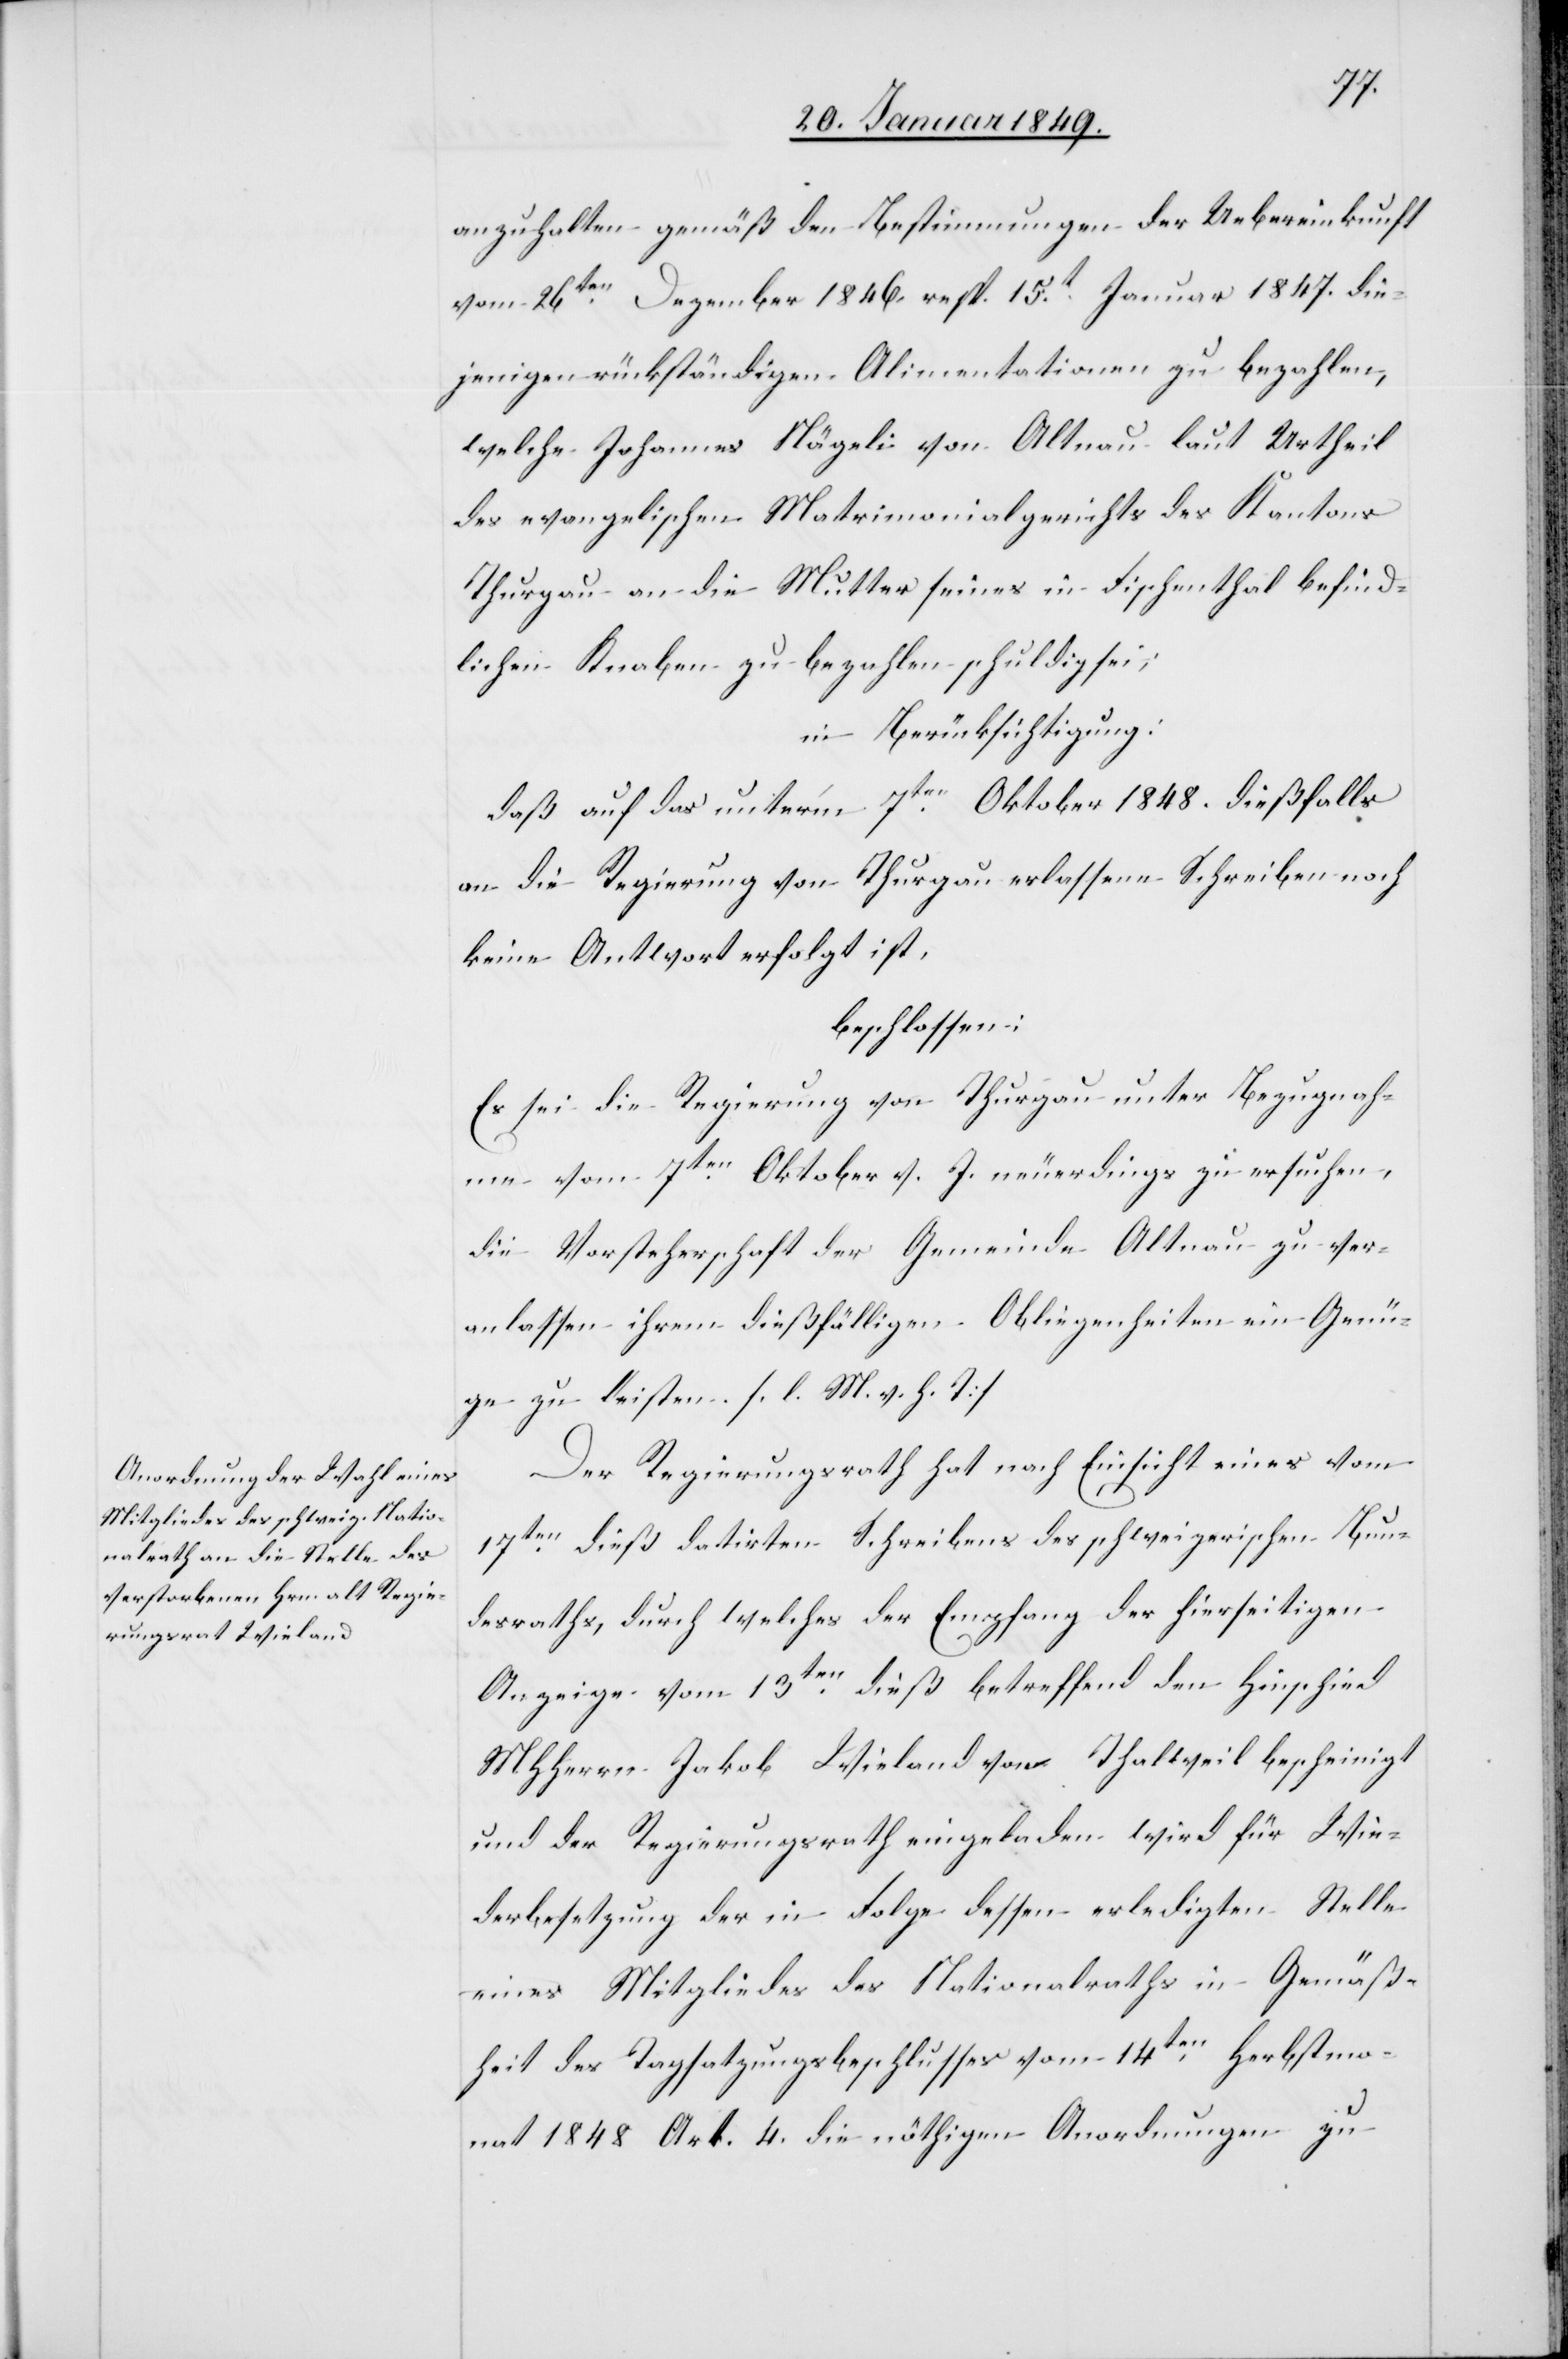
anzuhalten gemäß den Bestimmungen der Uebereinkunft
vom 26ten. Dezember 1846. resp. 15t. Januar 1847. die¬
jenigen rückständigen Alimentationen zu bezahlen,
welche Johannes Nägeli von Altnau laut Urtheil
des evangelischen Matrimonialgerichts des Kantons
Thurgau an die Mutter seines in Fischenthal befind¬
lichen Knaben zu bezahlen schuldig sei;
in Berücksichtigung:
daß auf das unter’m 7ten. Oktober 1848. dießfalls
an die Regierung von Thurgau erlassene Schreiben noch
keine Antwort erfolgt ist,
beschlossen:
Es sei die Regierung von Thurgau unter Bezugnah¬
me vom 7ten. Oktober v. J. neuerdings zu ersuchen,
die Vorsteherschaft der Gemeinde Altnau zu ver¬
anlassen ihrem dießfälligen Obliegenheiten ein Genü¬
ge zu leisten. [l. M. v. h. T]
Der Regierungsrath hat nach Einsicht eines vom
17ten. dieß datirten Schreibens des schweizerischen Bun¬
desraths, durch welches der Empfang der hierseitigen
Anzeige vom 13ten. dieß betreffend den Hinschied
MHHerrn Jakob Wieland von Thalweil bescheinigt
und der Regierungsrath eingeladen wird für Wie¬
derbesetzung der in Folge dessen erledigten Stelle
eines Mitgliedes des Nationalraths in Gemäß¬
heit des Tagsatzungsbeschlusses vom 14ten. Herbstmo¬
nat 1848. Art. 4. die nöthigen Anordnungen zu